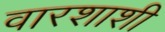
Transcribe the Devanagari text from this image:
वारशाशी